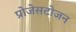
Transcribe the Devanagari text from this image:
प्रोजेसटोजन